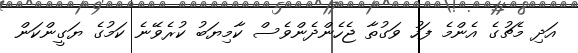
އަދި މެޗުގެ އެންމެ ފަހު ވަގުތާ ޖެހެންދެންވެސް ކާމިޔަބު ކުރެވޭނެ ކަމުގެ ޔަގީންކަން